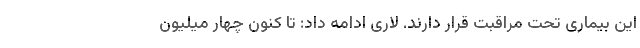
این بیماری تحت مراقبت قرار دارند. لاری ادامه داد: تا کنون چهار میلیون